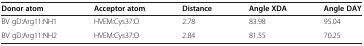
<table><thead><tr><td><b>Donor atom</b></td><td><b>Acceptor atom</b></td><td><b>Distance</b></td><td><b>Angle XDA</b></td><td><b>Angle DAY</b></td></tr></thead><tbody><tr><td>BV gD:Arg11:NH1</td><td>HVEM:Cys37:O</td><td>2.78</td><td>83.98</td><td>95.04</td></tr><tr><td>BV gD:Arg11:NH2</td><td>HVEM:Cys37:O</td><td>2.84</td><td>81.55</td><td>70.25</td></tr></tbody></table>